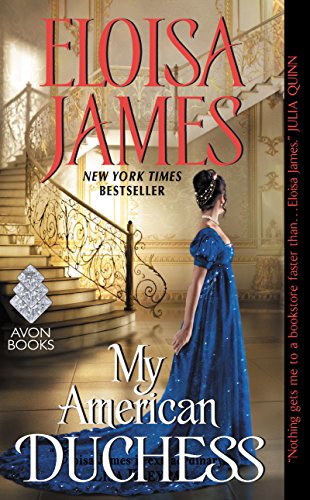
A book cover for My American Duchess; Eloisa James; Romance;